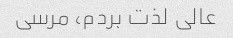
عالی لذت بردم، مرسی